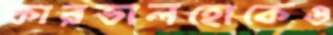
কারভালহোকেও